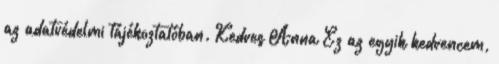
az adatvédelmi tájékoztatóban. Kedves Anna Ez az egyik kedvencem,